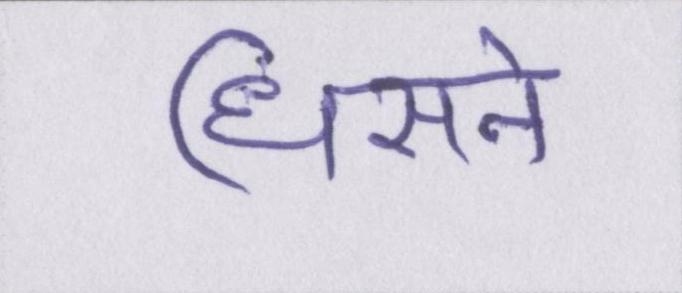
धिसने